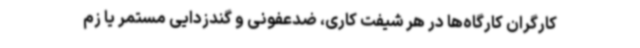
کارگران کارگاه‌ها در هر شیفت کاری، ضدعفونی و گندزدایی مستمر یا زم